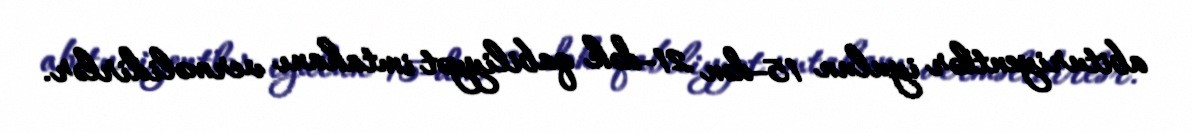
abituriyentlər iyulun 15-dən 21-dək qabiliyyət imtahanı verməlidirlər.